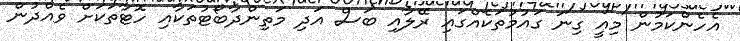
އެހެންކަމުން މިއީ ގިނަ ގައުމުތަކެއްގައި ރޭލާއި ބަސް އަދި މަތިންދާބޯޓުތަކާއި ހޮޓާތަކަށް ވެއްދުން